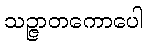
သဉ္ဇာတကောပေါ